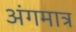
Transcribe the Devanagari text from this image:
अंगमात्र